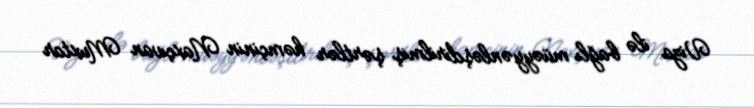
Viza ilə bağlı müəyyənləşdirilmiş şərtlər həmçinin Naxçıvan Muxtar